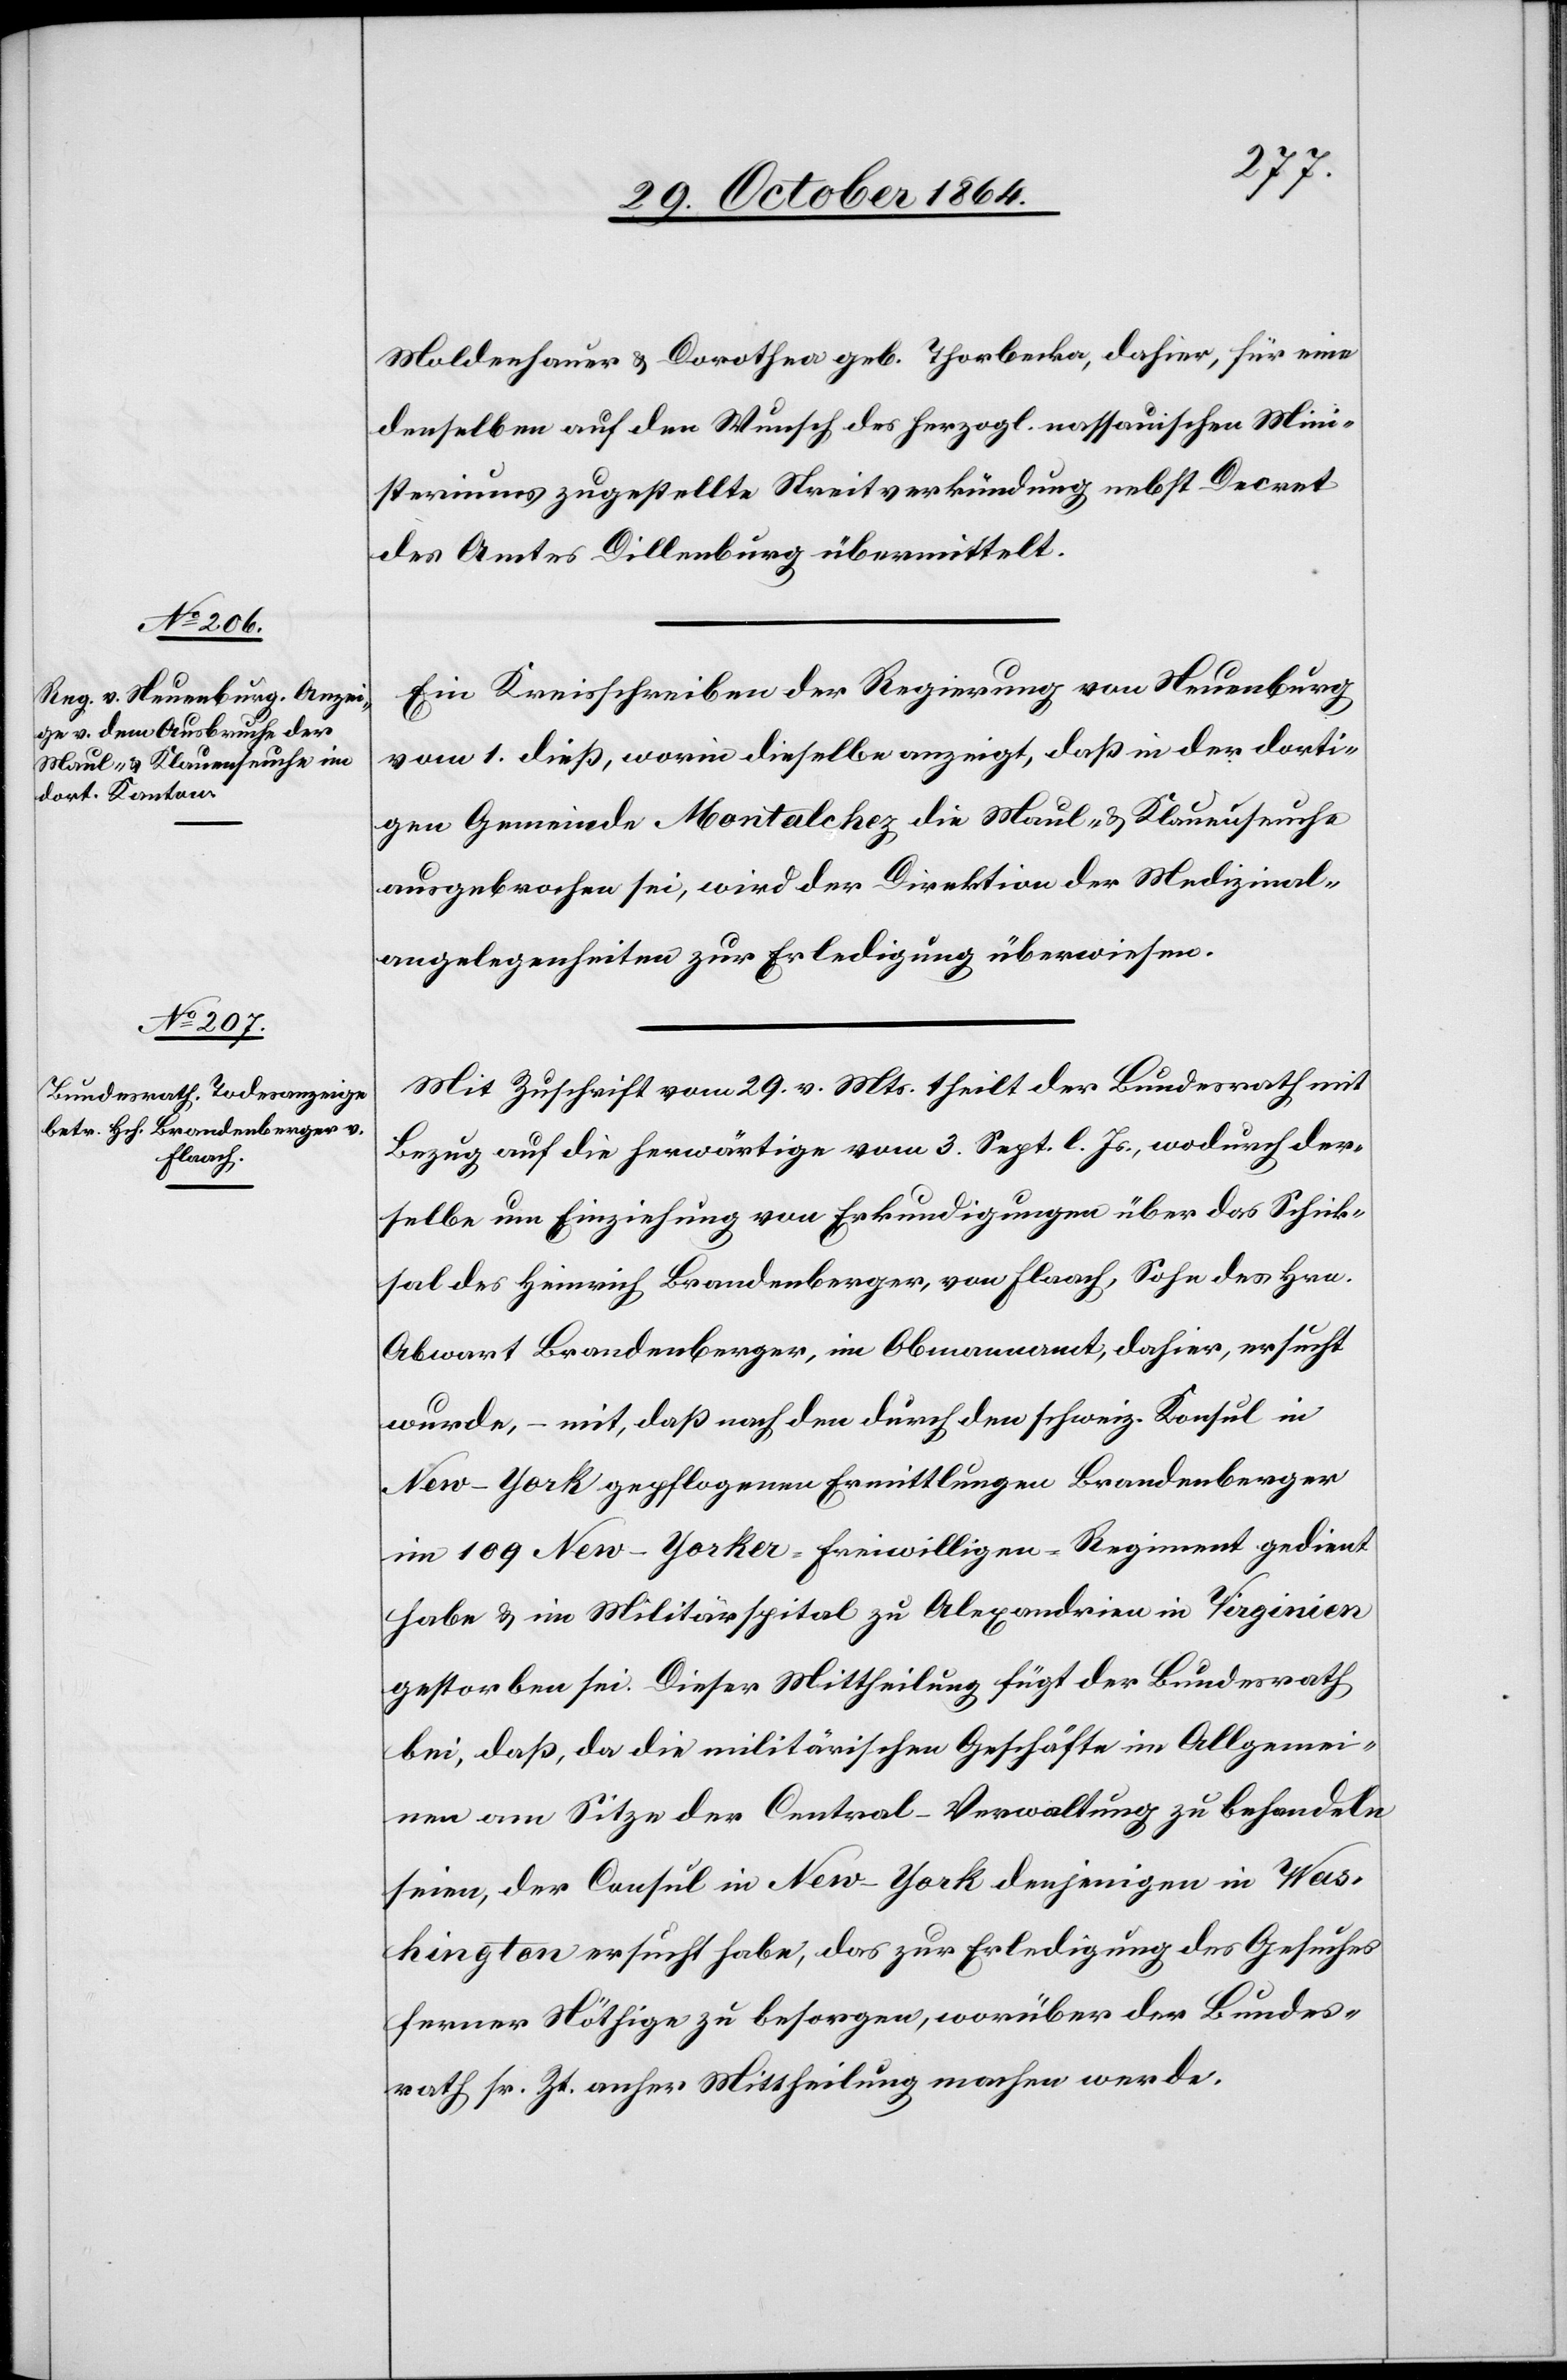
Moldenhauer & Dorothea geb. Thorbecka [sic!], dahier, für eine
denselben auf den Wunsch des herzogl. nassauischen Mini¬
steriums zugestellte Streitverkündigung nebst Decret
des Amtes Dillenburg übermittelt.
Ein Kreisschreiben der Regierung von Neuenburg
vom 1. dieß, worin dieselbe anzeigt, daß in der dorti¬
gen Gemeinde Montalchez die Maul- & Klauenseuche
ausgebrochen sei, wird der Direktion der Medizinal¬
angelegenheiten zur Erledigung überwiesen.
Mit Zuschrift vom 29. v. Mts. theilt der Bundesrath mit
Bezug auf die herwärtige vom 3. Sept. l. Js., wodurch der¬
selbe um Einziehung von Erkundigungen über das Schick¬
sal des Heinrich Brandenberger, von Flaach, Sohn des Hrn.
Abwart Brandenberger, im Obmannamt, dahier, ersucht
wurde, – mit, daß nach den durch den schweiz. Konsul in
New-York gepflogenen Ermittlungen Brandenberger
im 109 New-Yorker-freiwilligen-Regiment gedient
habe & im Militärdienste zu Alexandrien in Virginien
gestorben sei. Dieser Mittheilung fügt der Bundesrath
bei, daß, da die militärischen Geschäfte im Allgemei¬
nen am Sitze der Central-Verwaltung zu behandeln
seien, der Consul in New-York denjenigen in Was¬
hington ersucht habe, das zur Erledigung des Gesuches
ferner Nöthige zu besorgen, worüber der Bundes¬
rath sr. Zt. anher Mittheilung machen werde.